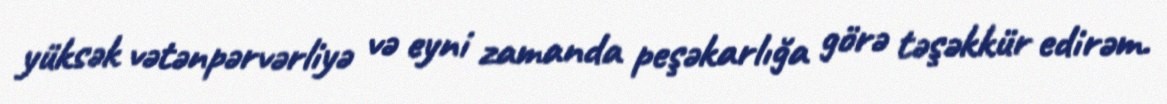
yüksək vətənpərvərliyə və eyni zamanda peşəkarlığa görə təşəkkür edirəm.